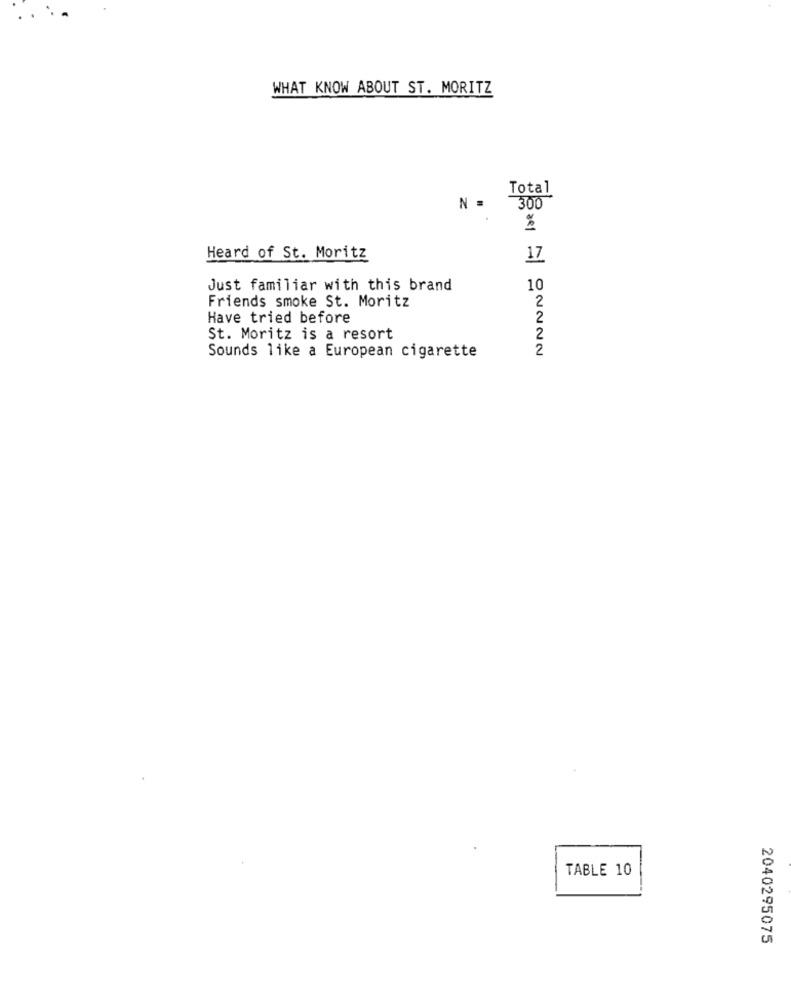
WHAT KNOW ABOUT ST. MORITZ
Total
N .
300
Heard of St. Moritz
17
Just familiar with this brand
10
Friends smoke St. Moritz
2
Have tried before
2
St. Moritz is a resort
2
2
Sounds like a European cigarette
TABLE 10
2040295075